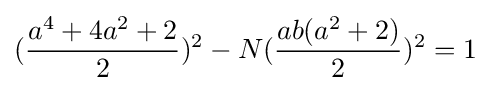
({\frac {a^{4}+4a^{2}+2}{2}})^{2}-N({\frac {ab(a^{2}+2)}{2}})^{2}=1